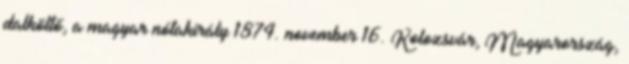
dalköltő, a magyar nótakirály 1874. november 16. Kolozsvár, Magyarország,